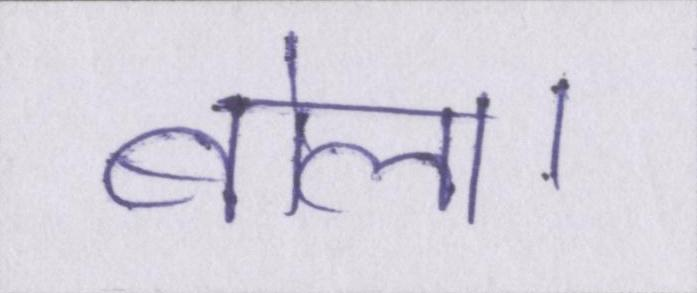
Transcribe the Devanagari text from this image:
बोला।